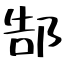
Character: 郜